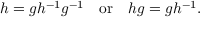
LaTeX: h = g h ^ { - 1 } g ^ { - 1 } \quad \mathrm { o r } \quad h g = g h ^ { - 1 } .